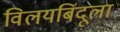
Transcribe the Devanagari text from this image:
विलयबिंदूला